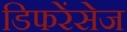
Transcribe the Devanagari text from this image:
डिफरेंसेज